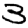
Digit: 3